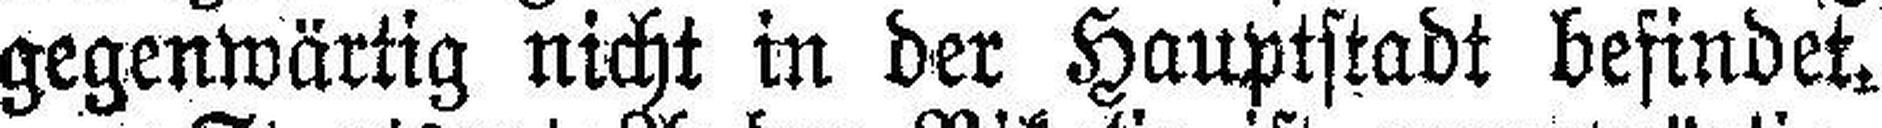
gegenwärtig nicht in der Hauptstadt befindet.